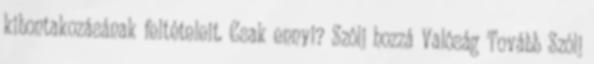
kibontakozásának feltételeit. Csak ennyi? Szólj hozzá Valóság Tovább Szólj